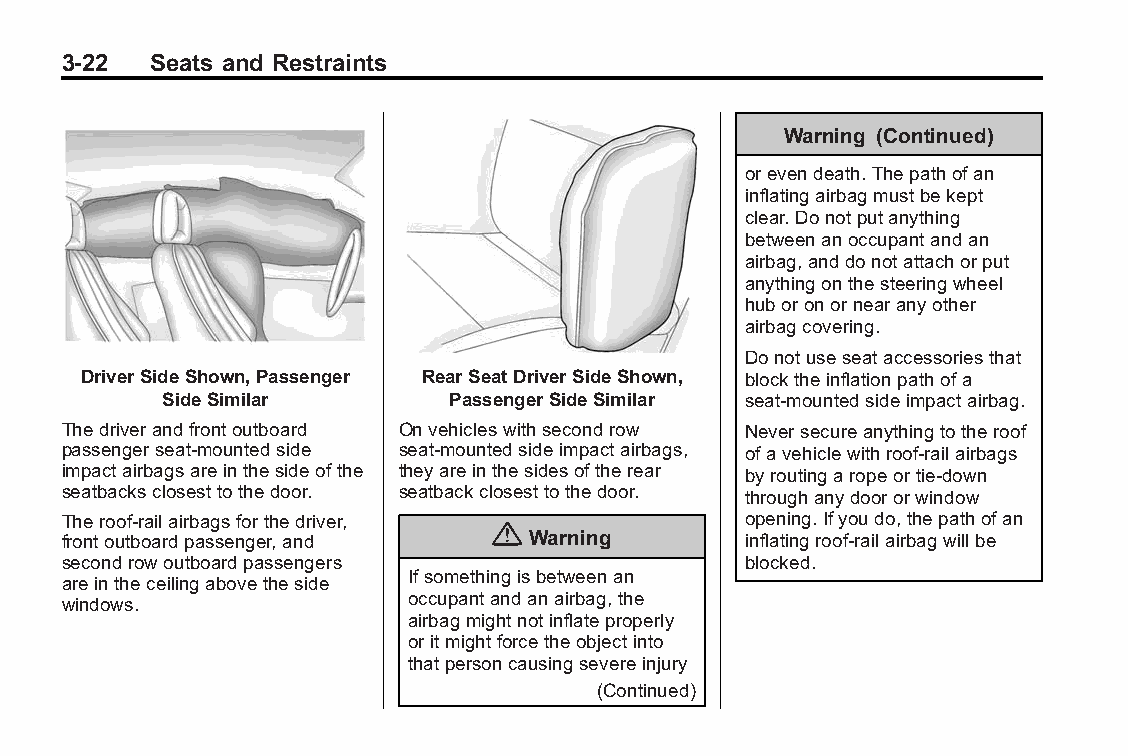
Buick LaCrosse Owner Manual (GMNA-Localizing-U.S./Canada/Mexico- Blackplate(22,1)
 6043609)-2014-2ndEdition-10/17/13
 3-22  Seats and Restraints
 Warning (Continued)
 orevendeath.Thepathofan
 inflatingairbagmustbekept
 clear.Donotputanything
 betweenanoccupantandan
 airbag,anddonotattachorput
 anythingonthesteeringwheel
 huboronornearanyother
 airbagcovering.
 Donotuseseataccessoriesthat
 DriverSideShown,Passenger RearSeatDriverSideShown, blocktheinflationpathofa
 SideSimilar        PassengerSideSimilar seat-mountedsideimpactairbag.
 Thedriverandfrontoutboard Onvehicleswithsecondrow Neversecureanythingtotheroof
 passengerseat-mountedside seat-mountedsideimpactairbags, ofavehiclewithroof-railairbags
 impactairbagsareinthesideofthe theyareinthesidesoftherear byroutingaropeortie‐down
 seatbacksclosesttothedoor. seatbackclosesttothedoor. throughanydoororwindow
 Theroof-railairbagsforthedriver,             opening.Ifyoudo,thepathofan
 {
 frontoutboardpassenger,and     Warning       inflatingroof-railairbagwillbe
 secondrowoutboardpassengers                  blocked.
 Ifsomethingisbetweenan
 areintheceilingabovetheside
 windows.               occupantandanairbag,the
 airbagmightnotinflateproperly
 oritmightforcetheobjectinto
 thatpersoncausingsevereinjury
 (Continued)